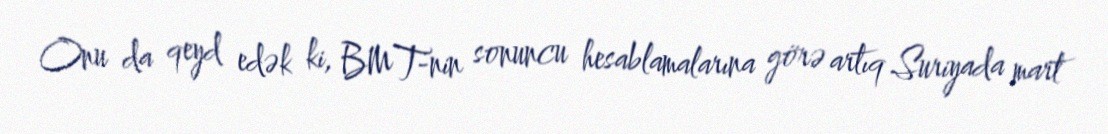
Onu da qeyd edək ki, BMT-nin sonuncu hesablamalarına görə artıq Suriyada mart